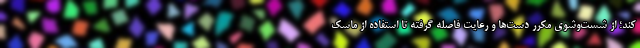
کند؛ از شست‌وشوی مکرر دست‌ها و رعایت فاصله گرفته تا استفاده از ماسک